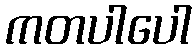
ကတပါပေါ